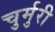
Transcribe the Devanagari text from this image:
चुर्मुरी